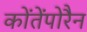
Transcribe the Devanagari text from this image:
कोंतेंपोरैन